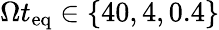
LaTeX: \Omega t_{\mathrm{eq}}\in\{ 40,4,0.4\}